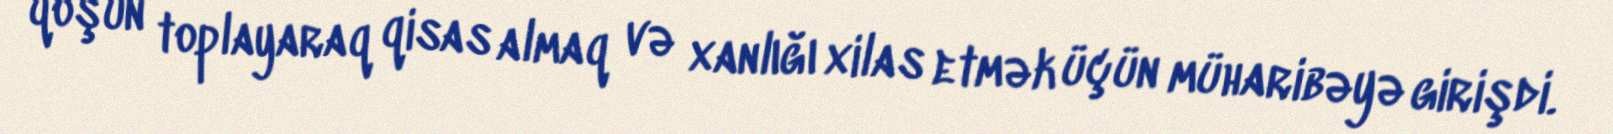
qoşun toplayaraq qisas almaq və xanlığı xilas etmək üçün müharibəyə girişdi.